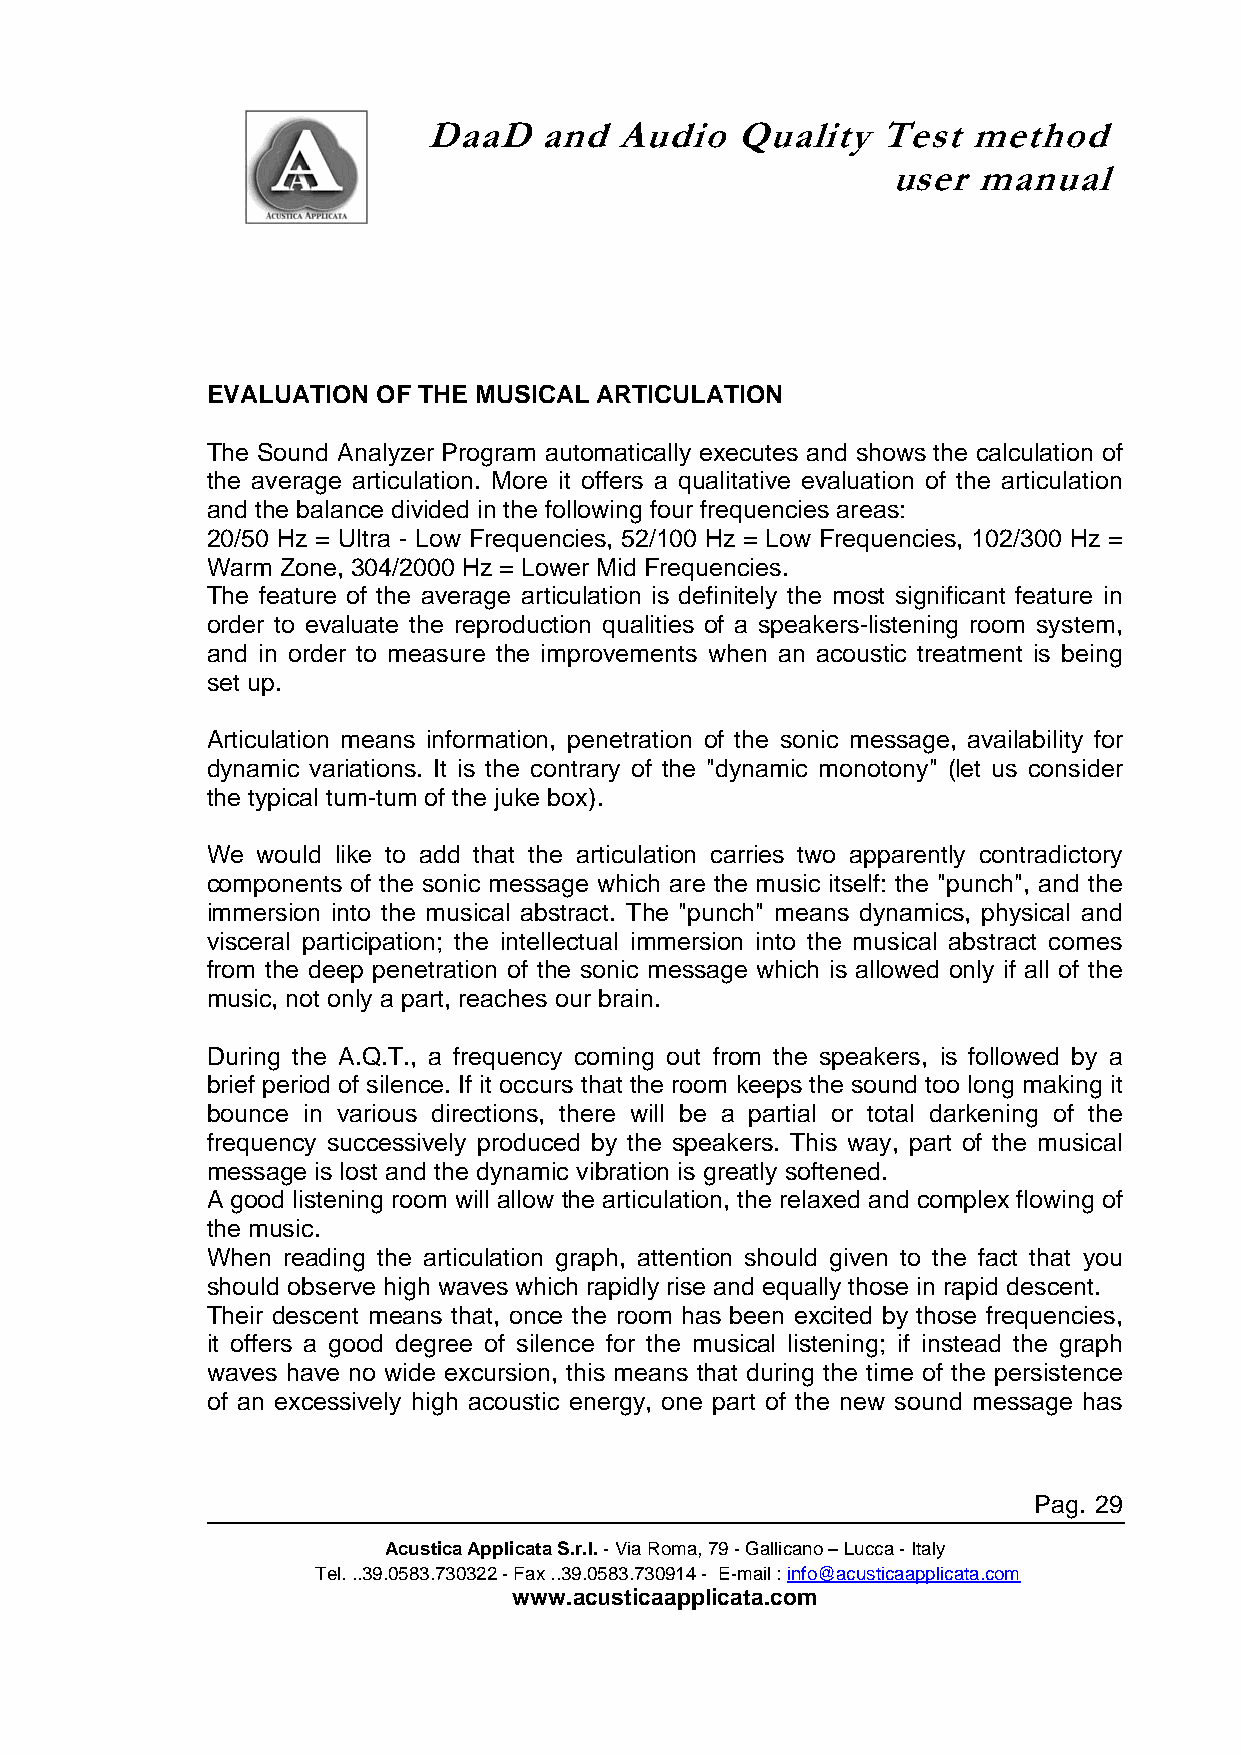
DaaD    and  Audio   Quality  Test  method
 user  manual
 EVALUATION OF THE MUSICAL ARTICULATION
 The Sound Analyzer Program automatically executes and shows the calculation of
 the average articulation. More it offers a qualitative evaluation of the articulation
 and the balance divided in the following four frequencies areas:
 20/50 Hz = Ultra - Low Frequencies, 52/100 Hz = Low Frequencies, 102/300 Hz =
 Warm Zone, 304/2000 Hz = Lower Mid Frequencies.
 The feature of the average articulation is definitely the most significant feature in
 order to evaluate the reproduction qualities of a speakers-listening room system,
 and in order to measure the improvements when an acoustic treatment is being
 set up.
 Articulation means information, penetration of the sonic message, availability for
 dynamic variations. It is the contrary of the "dynamic monotony" (let us consider
 the typical tum-tum of the juke box).
 We would like to add that the articulation carries two apparently contradictory
 components of the sonic message which are the music itself: the "punch", and the
 immersion into the musical abstract. The "punch" means dynamics, physical and
 visceral participation; the intellectual immersion into the musical abstract comes
 from the deep penetration of the sonic message which is allowed only if all of the
 music, not only a part, reaches our brain.
 During the A.Q.T., a frequency coming out from the speakers, is followed by a
 brief period of silence. If it occurs that the room keeps the sound too long making it
 bounce in various directions, there will be a partial or total darkening of the
 frequency successively produced by the speakers. This way, part of the musical
 message is lost and the dynamic vibration is greatly softened.
 A good listening room will allow the articulation, the relaxed and complex flowing of
 the music.
 When reading the articulation graph, attention should given to the fact that you
 should observe high waves which rapidly rise and equally those in rapid descent.
 Their descent means that, once the room has been excited by those frequencies,
 it offers a good degree of silence for the musical listening; if instead the graph
 waves have no wide excursion, this means that during the time of the persistence
 of an excessively high acoustic energy, one part of the new sound message has
 Pag. 29
 Acustica Applicata S.r.l. - Via Roma, 79 - Gallicano – Lucca - Italy
 Tel. ..39.0583.730322 - Fax ..39.0583.730914 - E-mail : info@acusticaapplicata.com
 www.acusticaapplicata.com